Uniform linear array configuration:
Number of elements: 4
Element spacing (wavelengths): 0.75
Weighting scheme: exponential
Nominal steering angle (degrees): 30
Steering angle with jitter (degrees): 29.831
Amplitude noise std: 0.05
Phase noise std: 0.05

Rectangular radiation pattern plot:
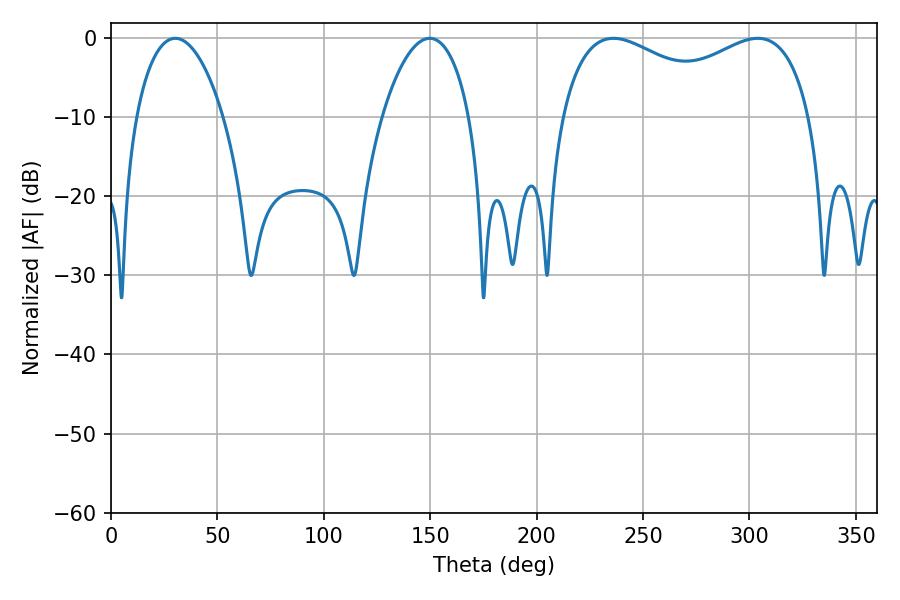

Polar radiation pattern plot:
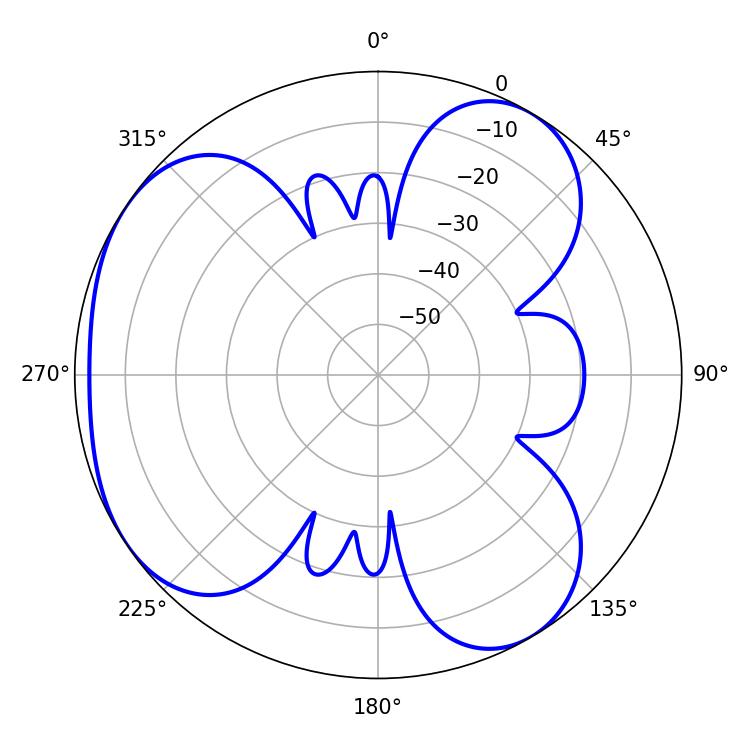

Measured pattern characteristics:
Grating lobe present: TRUE
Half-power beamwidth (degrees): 23.04
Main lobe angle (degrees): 30.24